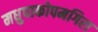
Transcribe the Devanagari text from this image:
मधुपाकोपमगिरा